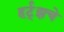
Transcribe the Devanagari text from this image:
हर्ट्‌झचे